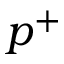
p ^ { + }